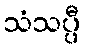
သံသပ္ပီ